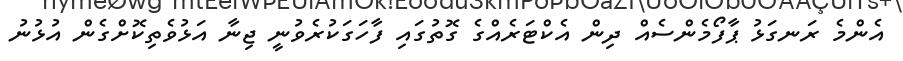
އެންމެ ރަނގަޅު ޕާފޯމެންސެއް ދިން އެކްޓަރެއްގެ ގޮތުގައި ފާހަގަކުރެވުނީ ޖިނާ އަޅުވެތިކޮށްގެން އުޅުނު